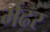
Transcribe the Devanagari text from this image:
मेंढर